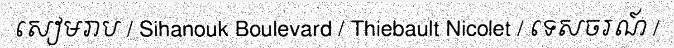
សៀមរាប / Sihanouk Boulevard / Thiebault Nicolet / ទេសចរណ៍ /